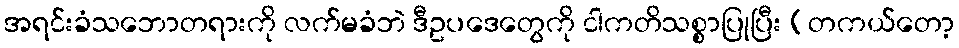
အရင်းခံသဘောတရားကို လက်မခံဘဲ ဒီဥပဒေတွေကို ငါကတိသစ္စာပြုပြီး (တကယ်တော့